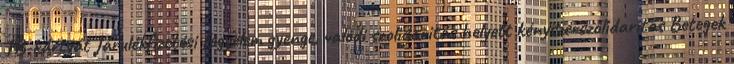
TB-kártyát Járulékfizetési fegyelem gyenge, valódi szolidaritás helyett kényszerszolidaritás Betegek